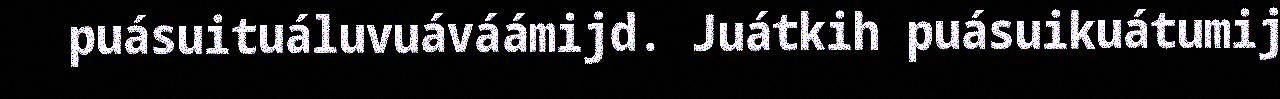
puásuituáluvuáváámijd. Juátkih puásuikuátumij